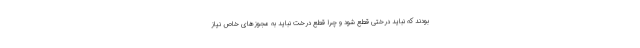
بودند که نباید درختی قطع شود و چرا قطع درخت نباید به مجوزهای خاص نیاز